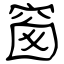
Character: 窗